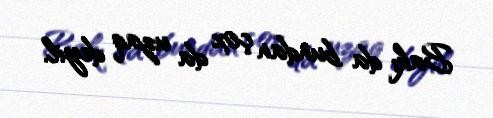
Bakı da bundan çox da uzaq deyil.